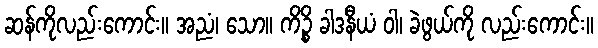
ဆန်ကိုလည်းကောင်း။ အညံ၊ သော။ ကိဉ္စိ ခါဒနီယံ ဝါ၊ ခဲဖွယ်ကို လည်းကောင်း။